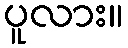
ပူလား။